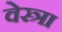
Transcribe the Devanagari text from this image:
वेस्त्रा